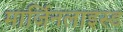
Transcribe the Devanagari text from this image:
मार्जिनलाइस्ड